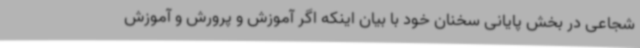
شجاعی در بخش پایانی سخنان خود با بیان اینکه اگر آموزش و پرورش و آموزش